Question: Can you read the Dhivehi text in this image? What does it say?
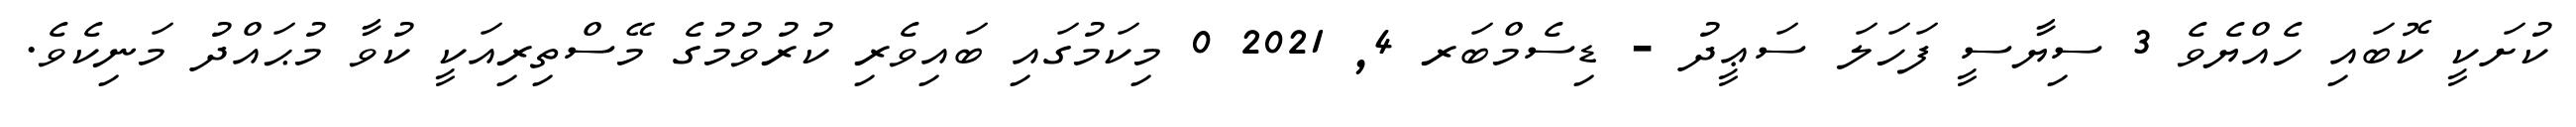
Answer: ކުށަކީ ކޮބައި ހެއްޔެވެ 3 ސިޔާސީ ފަހަލަ ސަޢީދު - ޑިސެމްބަރ 4, 2021 0 މިކަމުގައި ބައިވެރި ކުރުވުމުގެ މޭސްތިރިއަކީ ކުވާ މުޙައްދު މަނިކެވެ.